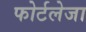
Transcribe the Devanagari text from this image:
फोर्टलेजा